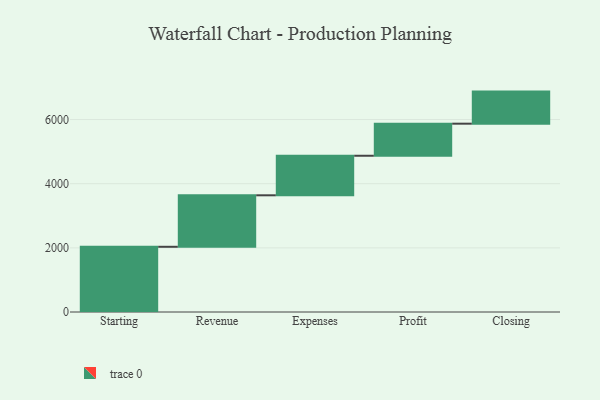
{"axis": {"x": "Step", "y": "Value"}, "legend": [""], "data": [{"x": "Starting", "y": 2033.0, "type": ""}, {"x": "Revenue", "y": 1605.0, "type": ""}, {"x": "Expenses", "y": 1233.0, "type": ""}, {"x": "Profit", "y": 1000, "type": ""}, {"x": "Closing", "y": 1000, "type": ""}]}